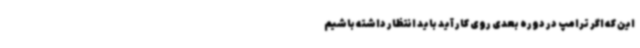
این که اگر ترامپ در دوره بعدی روی کار آید باید انتظار داشته باشیم